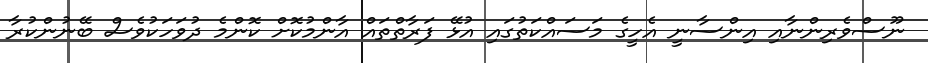
ނޫސްވެރިންނާއި އިންސާނީ އެހީގެ މަސައްކަތުގައި އުޅޭ ފަރާތްތައް އާންމުކޮށް ކޮންމެ ދުވަހަކުވެސް ބޭނުންކުރާ